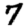
Digit: 7